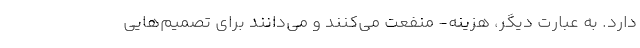
دارد. به عبارت دیگر، هزینه- منفعت می‌کنند و می‌دانند برای تصمیم‌هایی